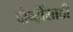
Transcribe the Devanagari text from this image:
दोन्हींसाठी